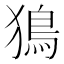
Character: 𤡕